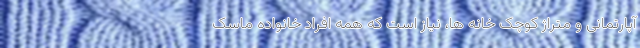
آپارتمانی و متراژ کوچک خانه ها، نیاز است که همه افراد خانواده ماسک